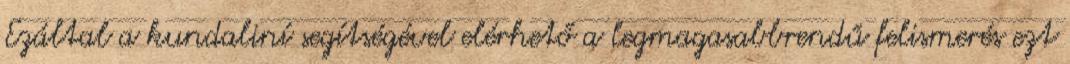
Ezáltal a kundaliní segítségével elérhető a legmagasabbrendű felismerés ezt